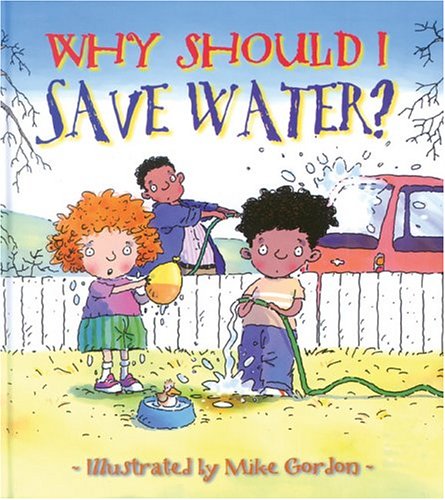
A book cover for Why Should I Save Water? (Why Should I? Books); Jen Green; Children's Books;